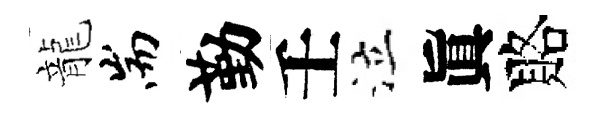
龍耑勤壬泣眞賂